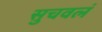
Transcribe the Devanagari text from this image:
सुचवलं